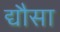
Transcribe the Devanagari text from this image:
द्यौसा